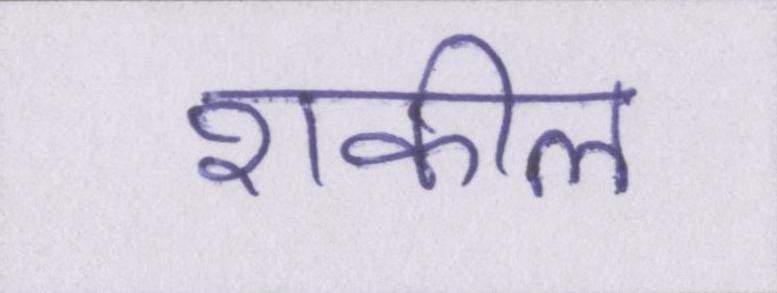
शकील